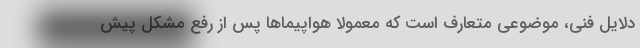
دلایل فنی، موضوعی متعارف است که معمولاً هواپیماها پس از رفع مشکل پیش